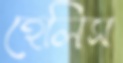
হেলিস